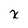
Character: x